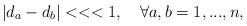
LaTeX: \begin{align*}\left| d_{a}-d_{b}\right| <<<1,\quad \forall a,b=1,...,n,\end{align*}